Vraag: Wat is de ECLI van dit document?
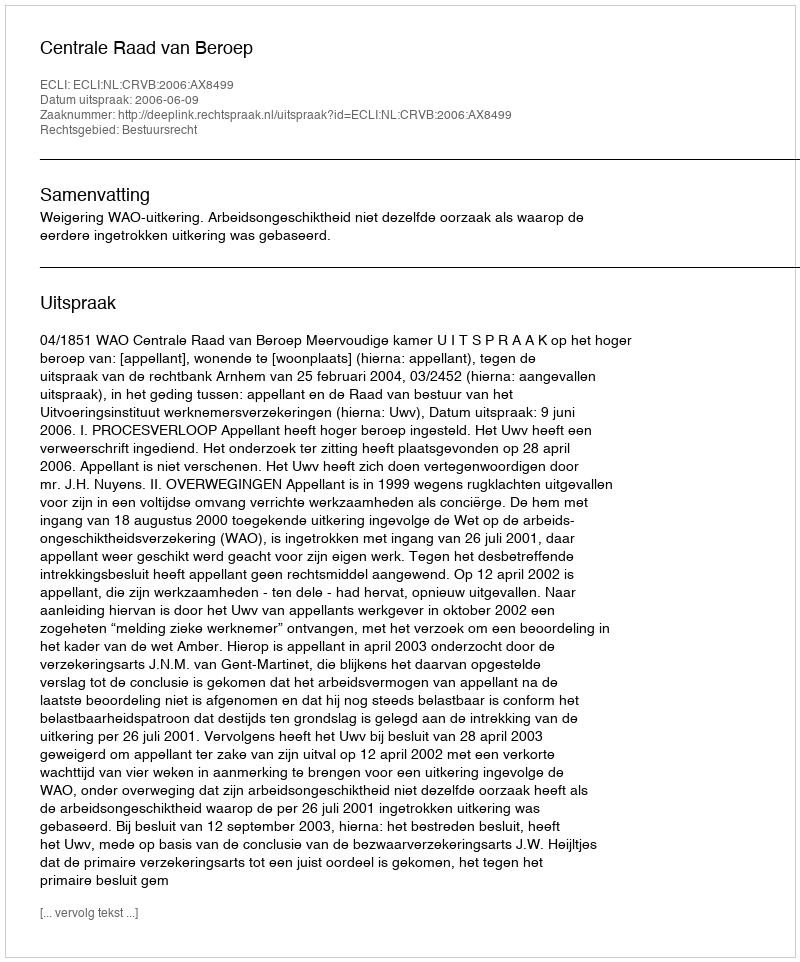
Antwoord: ECLI:NL:CRVB:2006:AX8499